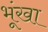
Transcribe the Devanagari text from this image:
भूंखा